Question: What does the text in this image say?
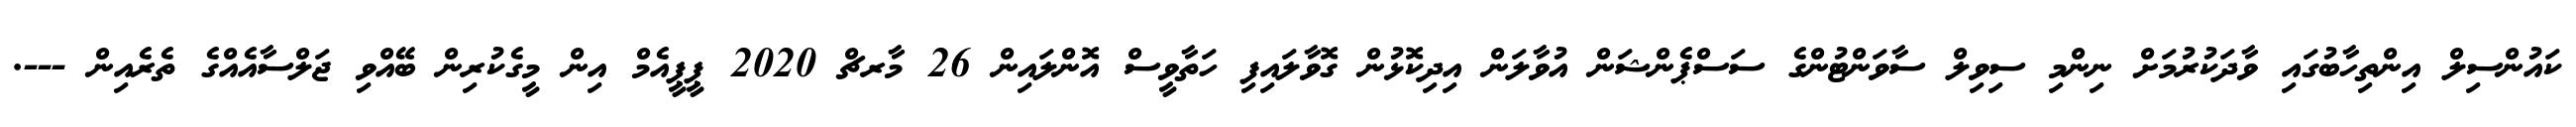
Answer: ކައުންސިލް އިންތިހާބުގައި ވާދަކުރުމަށް ނިންމި ސިވިލް ސާވަންޓުންގެ ސަސްޕެންޝަން އުވާލަން އިދިކޮޅުން ގޮވާލައިފި ހަތާވީސް އޮންލައިން 26 މާރޗް 2020 ޕީޕީއެމް އިން މީގެކުރިން ބޭއްވި ޖަލްސާއެއްގެ ތެރެއިން ---.